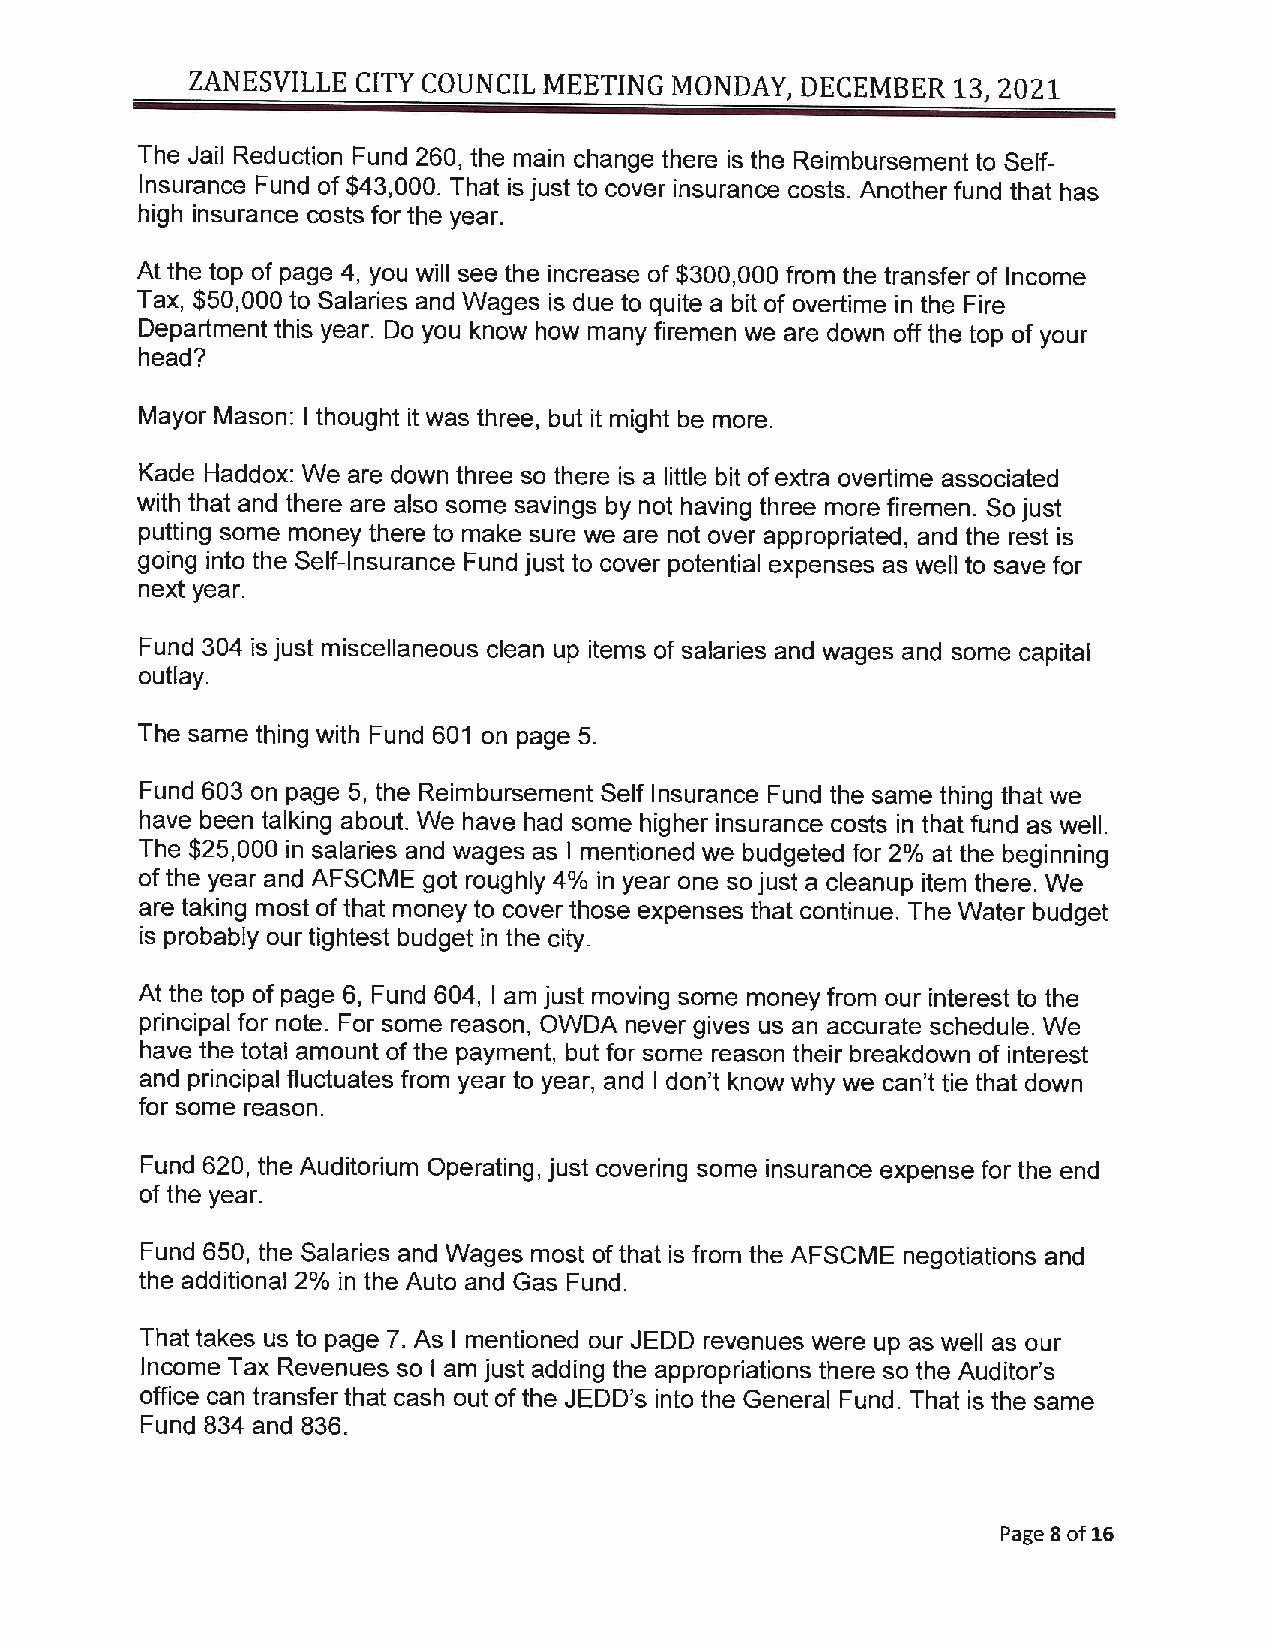
ZANESVILLE  CITY COUNCIL MEETING MONDAY, DECEMBER  13, 2021
 The Jail Reduction Fund 260, the main change there is the Reimbursement to Self
 Insurance Fund of $43,000. That is just to cover insurance costs. Another fund that has
 high insurance costs for the year.
 At the top of page 4, you will see the increase of $300,000 from the transfer of Income
 Tax, $50,000 to Salaries and Wages is due to quite a bit of overtime in the Fire
 Department this year. Do you know how many firemen we are down off the top of your
 head?
 Mayor Mason: I thought it was three, but it might be more.
 Kade Haddox: We are down three so there is a little bit of extra overtime associated
 with that and there are also some savings by not having three more firemen. So just
 putting some money there to make sure we are not over appropriated, and the rest is
 going into the Self-Insurance Fund just to cover potential expenses as well to save for
 next year.
 Fund 304 is just miscellaneous clean up items of salaries and wages and some capital
 outlay.
 The same thing with Fund 601 on page 5.
 Fund 603 on page 5, the Reimbursement Self Insurance Fund the same thing that we
 have been talking about. We have had some higher insurance costs in that fund as well.
 The $25,000 in salaries and wages as I mentioned we budgeted for 2% at the beginning
 of the year and AFSCME got roughly 4% in year one so just a cleanup item there. We
 are taking most of that money to cover those expenses that continue. The Water budget
 is probably our tightest budget in the city.
 At the top of page 6, Fund 604, I am just moving some money from our interest to the
 principal for note. For some reason, OWDA never gives us an accurate schedule. We
 have the total amount of the payment, but for some reason their breakdown of interest
 and principal fluctuates from year to year, and I don't know why we can't tie that down
 for some reason.
 Fund 620, the Auditorium Operating, just covering some insurance expense for the end
 of the year.
 Fund 650, the Salaries and Wages most of that is from the AFSCME negotiations and
 the additional 2% in the Auto and Gas Fund.
 That takes us to page 7. As I mentioned our JEDD revenues were up as well as our
 Income Tax Revenues so I am just adding the appropriations there so the Auditor's
 office can transfer that cash out of the JEDD's into the General Fund. That is the same
 Fund 834 and 836.
 Page 8 of 16